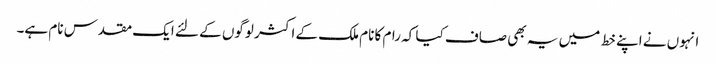
انہوں نے اپنے خط میں یہ بھی صاف کیا کہ رام کا نام ملک کے اکثر لوگوں کے لئے ایک مقدس نام ہے۔